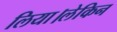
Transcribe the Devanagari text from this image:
लिया।लेकिन